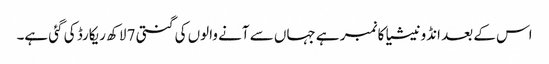
اس کے بعد انڈونیشیا کا نمبر ہے جہاں سے آنے والوں کی گنتی 7 لاکھ ریکارڈ کی گئی ہے۔